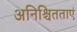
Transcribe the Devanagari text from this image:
अनिश्चितताएं